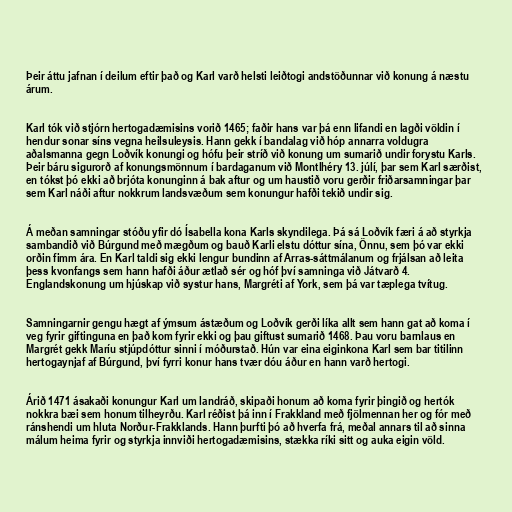
Þeir áttu jafnan í deilum eftir það og Karl varð helsti leiðtogi andstöðunnar við konung á næstu
árum.

Karl tók við stjórn hertogadæmisins vorið 1465; faðir hans var þá enn lifandi en lagði völdin í
hendur sonar síns vegna heilsuleysis. Hann gekk í bandalag við hóp annarra voldugra
aðalsmanna gegn Loðvík konungi og hófu þeir stríð við konung um sumarið undir forystu Karls.
Þeir báru sigurorð af konungsmönnum í bardaganum við Montlhéry 13. júlí, þar sem Karl særðist,
en tókst þó ekki að brjóta konunginn á bak aftur og um haustið voru gerðir friðarsamningar þar
sem Karl náði aftur nokkrum landsvæðum sem konungur hafði tekið undir sig.

Á meðan samningar stóðu yfir dó Ísabella kona Karls skyndilega. Þá sá Loðvík færi á að styrkja
sambandið við Búrgund með mægðum og bauð Karli elstu dóttur sína, Önnu, sem þó var ekki
orðin fimm ára. En Karl taldi sig ekki lengur bundinn af Arras-sáttmálanum og frjálsan að leita
þess kvonfangs sem hann hafði áður ætlað sér og hóf því samninga við Játvarð 4.
Englandskonung um hjúskap við systur hans, Margréti af York, sem þá var tæplega tvítug.

Samningarnir gengu hægt af ýmsum ástæðum og Loðvík gerði líka allt sem hann gat að koma í
veg fyrir giftinguna en það kom fyrir ekki og þau giftust sumarið 1468. Þau voru barnlaus en
Margrét gekk Maríu stjúpdóttur sinni í móðurstað. Hún var eina eiginkona Karl sem bar titilinn
hertogaynjaf af Búrgund, því fyrri konur hans tvær dóu áður en hann varð hertogi.

Árið 1471 ásakaði konungur Karl um landráð, skipaði honum að koma fyrir þingið og hertók
nokkra bæi sem honum tilheyrðu. Karl réðist þá inn í Frakkland með fjölmennan her og fór með
ránshendi um hluta Norður-Frakklands. Hann þurfti þó að hverfa frá, meðal annars til að sinna
málum heima fyrir og styrkja innviði hertogadæmisins, stækka ríki sitt og auka eigin völd.